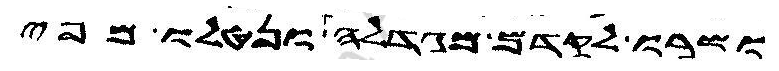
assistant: ושרו לקדם מגדלה ונטלו מפי